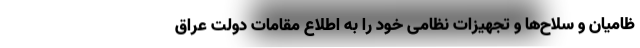
ظامیان و سلاح‌ها و تجهیزات نظامی خود را به اطلاع مقامات دولت عراق